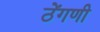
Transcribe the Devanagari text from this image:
ठेंगणी